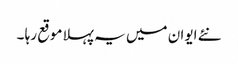
نئے ایوان میں یہ پہلا موقع رہا ۔